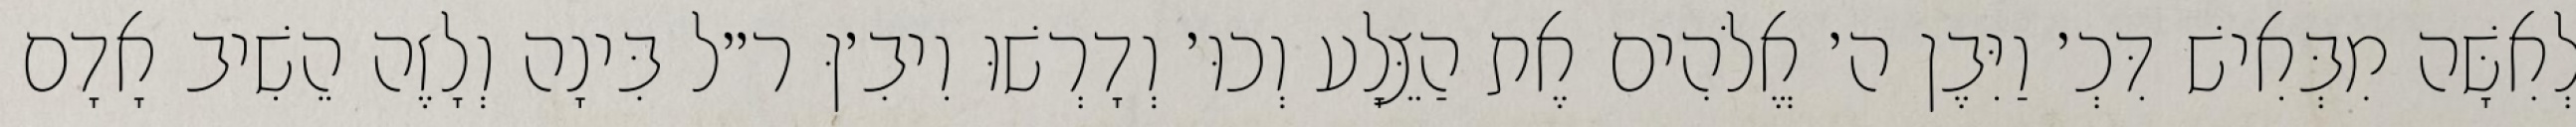
לְאִשָּׁה מִבְּאִישׁ דִּכְ׳ וַיִּבֶן ה׳ אֱלֹהִים אֶת הַצֵּלָע וְכוּ׳ וְדָרְשׁוּ וִיבִ׳ןּ ר״ל בִּינָה וְלָזֶה הֵשִׁיב אָדָם